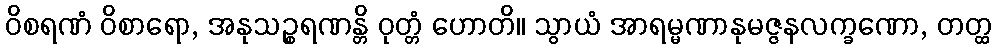
ဝိစရဏံ ဝိစာရော, အနုသဉ္စရဏန္တိ ဝုတ္တံ ဟောတိ။ သွာယံ အာရမ္မဏာနုမဇ္ဇနလက္ခဏော, တတ္ထ